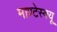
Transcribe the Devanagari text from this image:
माण्टेस्क्यू